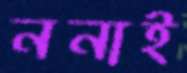
ননাই